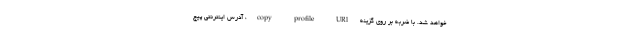
خواهد شد. با ضربه بر روی گزینه copy profile URl، آدرس اینترنتی پیج